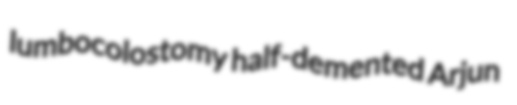
lumbocolostomy half-demented Arjun